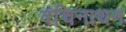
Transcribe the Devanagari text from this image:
वंचिनाथन